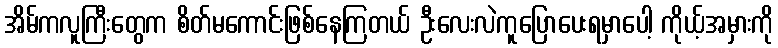
အိမ်ကလူကြီးတွေက စိတ်မကောင်းဖြစ်နေကြတယ် ဦးလေးလဲကူပြောပေးရမှာပေါ့ ကိုယ့်အမှားကို